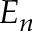
E _ { n }